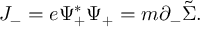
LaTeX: J _ { - } = e { \Psi } _ { + } ^ { \ast } { \Psi } _ { + } = m { \partial } _ { - } \tilde { \Sigma } .